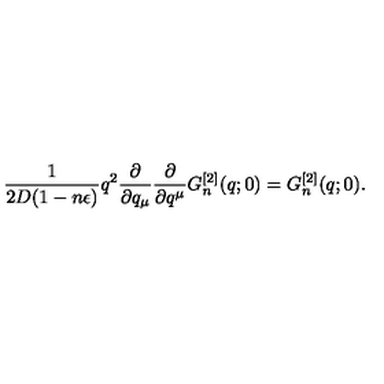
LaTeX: \frac { 1 } { 2 D ( 1 - n \epsilon ) } q ^ { 2 } \frac { \partial } { \partial q _ { \mu } } \frac { \partial } { \partial q ^ { \mu } } G _ { n } ^ { [ 2 ] } ( q ; 0 ) = G _ { n } ^ { [ 2 ] } ( q ; 0 ) .